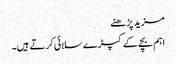
مزید پڑھنے
اہم بچے کے کپڑے سلائی کرتے ہیں۔